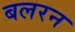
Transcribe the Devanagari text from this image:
बलरन